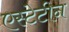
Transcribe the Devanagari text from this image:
एस्टेटीन